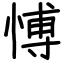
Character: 愽